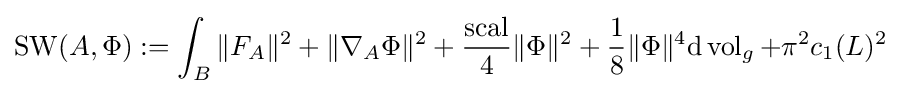
\operatorname {SW} (A,\Phi ):=\int _{B}\|F_{A}\|^{2}+\|\nabla _{A}\Phi \|^{2}+{\frac {\operatorname {scal} }{4}}\|\Phi \|^{2}+{\frac {1}{8}}\|\Phi \|^{4}\mathrm {d} \operatorname {vol} _{g}+\pi ^{2}c_{1}(L)^{2}